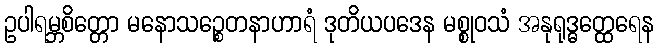
ဥပါရမ္ဘစိတ္တော မနောသဉ္စေတနာဟာရံ ဒုတိယပဒေန မစ္စုဝသံ အနုရုဒ္ဓတ္ထေရေန